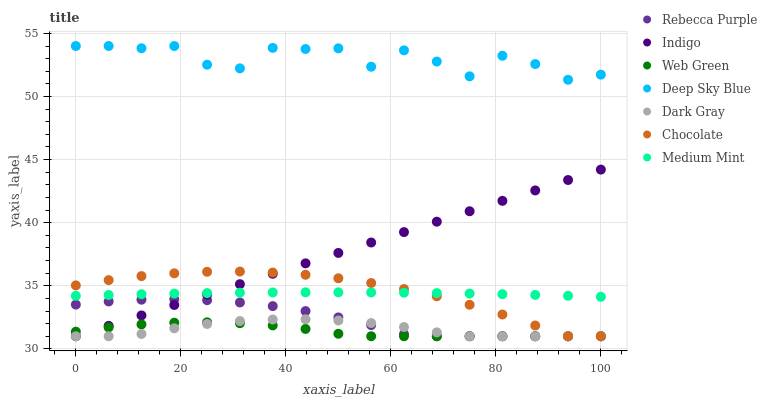
| xaxis_label | Rebecca Purple | Indigo | Web Green | Deep Sky Blue | Dark Gray | Chocolate | Medium Mint |
 | --- | --- | --- | --- | --- | --- | --- | --- |
 | 0 | 33.5 | 31 | 31.4 | 54 | 31 | 35 | 34.2 |
 | 6.25 | 33.8 | 31.8 | 31.7 | 54 | 31 | 35.4 | 34.3 |
 | 12.5 | 33.9 | 32.7 | 31.9 | 53.8 | 31.2 | 35.8 | 34.3 |
 | 18.8 | 33.9 | 33.5 | 32.1 | 54 | 31.6 | 36 | 34.4 |
 | 25 | 33.9 | 34.3 | 32.1 | 52.5 | 32 | 36.1 | 34.4 |
 | 31.2 | 33.7 | 35.1 | 32 | 52.2 | 32.2 | 36.1 | 34.5 |
 | 37.5 | 33.4 | 36 | 31.9 | 53.9 | 32.3 | 36 | 34.5 |
 | 43.8 | 33 | 36.8 | 31.6 | 53.8 | 32.3 | 35.9 | 34.5 |
 | 50 | 32.5 | 37.6 | 31.2 | 53.8 | 32.2 | 35.6 | 34.5 |
 | 56.2 | 31.9 | 38.4 | 31 | 52.4 | 32 | 35.2 | 34.5 |
 | 62.5 | 31.2 | 39.3 | 31 | 53.7 | 31.7 | 34.7 | 34.5 |
 | 68.8 | 31 | 40.1 | 31 | 52.8 | 31.3 | 34.2 | 34.4 |
 | 75 | 31 | 40.9 | 31 | 51.6 | 31 | 33.5 | 34.4 |
 | 81.2 | 31 | 41.7 | 31 | 53.2 | 31 | 32.7 | 34.3 |
 | 87.5 | 31 | 42.6 | 31 | 52.6 | 31 | 31.9 | 34.3 |
 | 93.8 | 31 | 43.4 | 31 | 51.3 | 31 | 31 | 34.2 |
 | 100 | 31 | 44.2 | 31 | 51.7 | 31 | 31 | 34.1 |